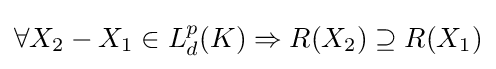
\forall X_{2}-X_{1}\in L_{d}^{p}(K)\Rightarrow R(X_{2})\supseteq R(X_{1})